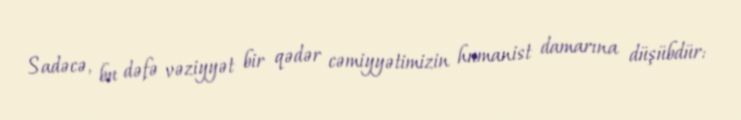
Sadəcə, bu dəfə vəziyyət bir qədər cəmiyyətimizin humanist damarına düşübdür: